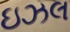
ઇઝલ